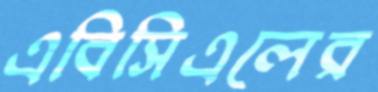
এবিসিএলের